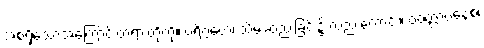
အစရှိသောအကြောင်းတရားတို့ကို။ ပရိဂ္ဂဟေ၊ သိမ်းဆည်းခြင်း၌ လည်းကောင်း။ ဝဝတ္တာပနေစ၊